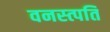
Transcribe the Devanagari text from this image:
वनस्त्पति